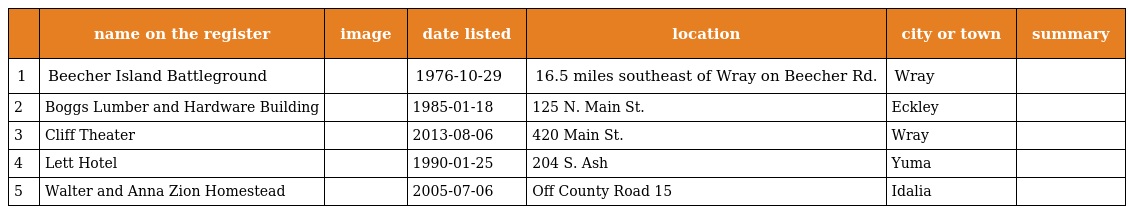
|  | name on the register | image | date listed | location | city or town | summary |
 | --- | --- | --- | --- | --- | --- | --- |
 | 1 | Beecher Island Battleground |  | 1976-10-29 | 16.5 miles southeast of Wray on Beecher Rd. | Wray |  |
 | 2 | Boggs Lumber and Hardware Building |  | 1985-01-18 | 125 N. Main St. | Eckley |  |
 | 3 | Cliff Theater |  | 2013-08-06 | 420 Main St. | Wray |  |
 | 4 | Lett Hotel |  | 1990-01-25 | 204 S. Ash | Yuma |  |
 | 5 | Walter and Anna Zion Homestead |  | 2005-07-06 | Off County Road 15 | Idalia |  |